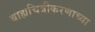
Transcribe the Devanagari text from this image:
बाह्यचित्रीकरणाच्या